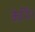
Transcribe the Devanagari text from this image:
केर्निंग